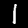
Digit: 1